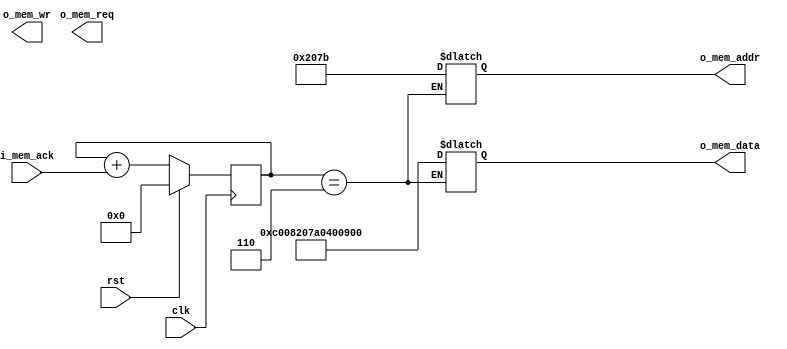
module fake_iop(clk, rst, o_mem_addr, o_mem_data, o_mem_req, o_mem_wr, i_mem_ack);

input  wire        clk;
input  wire        rst;
output reg  [21:0] o_mem_addr;
output reg  [63:0] o_mem_data;
output wire        o_mem_wr;
output wire        o_mem_req;
input  wire        i_mem_ack;

reg [3:0] count;     
reg [1:0] state;

//assign o_mem_wr = 1'b1;
//assign o_mem_req = (state[1:0]==2'h1);

always@*
   begin
	case(count[3:0])
		4'h0:begin
//		        o_mem_data[63:0] = 64'h0000000000000001;
//				  o_mem_addr[21:0] = 22'h8DA;
			  end
		4'h1:begin
//		        o_mem_data[63:0] = 64'h0000000000000001;
//				  o_mem_addr[21:0] = 22'h8DB;
			  end
		4'h2:begin
//		        o_mem_data[63:0] = 64'h7C9;
//				  o_mem_addr[21:0] = 22'h8DC;
		     end
		4'h3:begin
//		        o_mem_data[63:0] = 64'hB;
//				  o_mem_addr[21:0] = 22'h8DD;
		     end
		4'h4:begin
//		        o_mem_data[63:0] = 64'h20;
//				  o_mem_addr[21:0] = 22'h8DE;
		     end
		4'h5:begin
//		        o_mem_data[63:0] = 64'h14;
//				  o_mem_addr[21:0] = 22'h8DF;
		     end
		4'h6:begin
					//This should patch it to avoid the memory test
		        o_mem_data[63:0] = 64'h0C008207A04008C7;
				  o_mem_addr[21:0] = 22'h207B;
		     end
		default:begin
//		        o_mem_data[63:0] = 64'h0;
//				  o_mem_addr[21:0] = 22'h0;
		     end
			  
	endcase
	end

always@(posedge clk)
   count[3:0] <= rst ? 4'h0 : (count[3:0] + i_mem_ack);

/*
 1046770 IOP0.CO: set 0x0008DA value 0x0000000000000001
 1046770 IOP0.CO: set 0x0008DB value 0x0000000000000001
 1046770 IOP0.CO: set 0x0008DC value 0x00000000000007C9
 1046770 IOP0.CO: set 0x0008DD value 0x000000000000000B
 1046770 IOP0.CO: set 0x0008DE value 0x0000000000000020
 1046770 IOP0.CO: set 0x0008DF value 0x0000000000000014
*/
always@(posedge clk)
    if(rst)
	     state <= 2'h0;
	 else case(state[1:0])
			//IDLE
			2'h0:state <= 2'h1;
			//WRITE
			2'h1:if (i_mem_ack)
			        state <= 2'h2;
			//ACK
			2'h2:if (count[3:0] < 4'h7)
			        state <= 2'h1;
				  else
				     state <= 2'h3;
			//DONE
			2'h3:state <= 2'h3;
	 endcase

endmodule